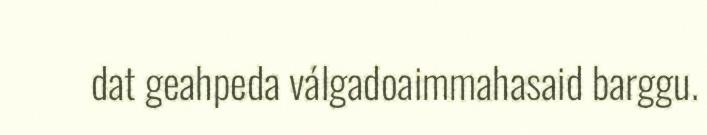
dat geahpeda válgadoaimmahasaid barggu.